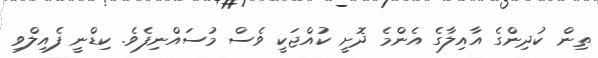
ތިން ކުދިންގެ އާއިލާގެ އެންމެ ދޮށީ ކުއްޖަކީ ވެސް މުސައްނިފެވެ. ކިޑްނީ ފެއިލްވި